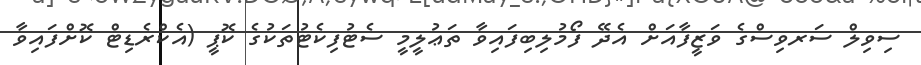
ސިވިލް ސަރވިސްގެ ވަޒީފާއަށް އެދޭ ފޯމުލިބިފައިވާ ތަޢުލީމީ ސެޓުފިކެޓުތަކުގެ ކޮޕީ (އެކްރެޑިޓް ކޮށްފައިވާ